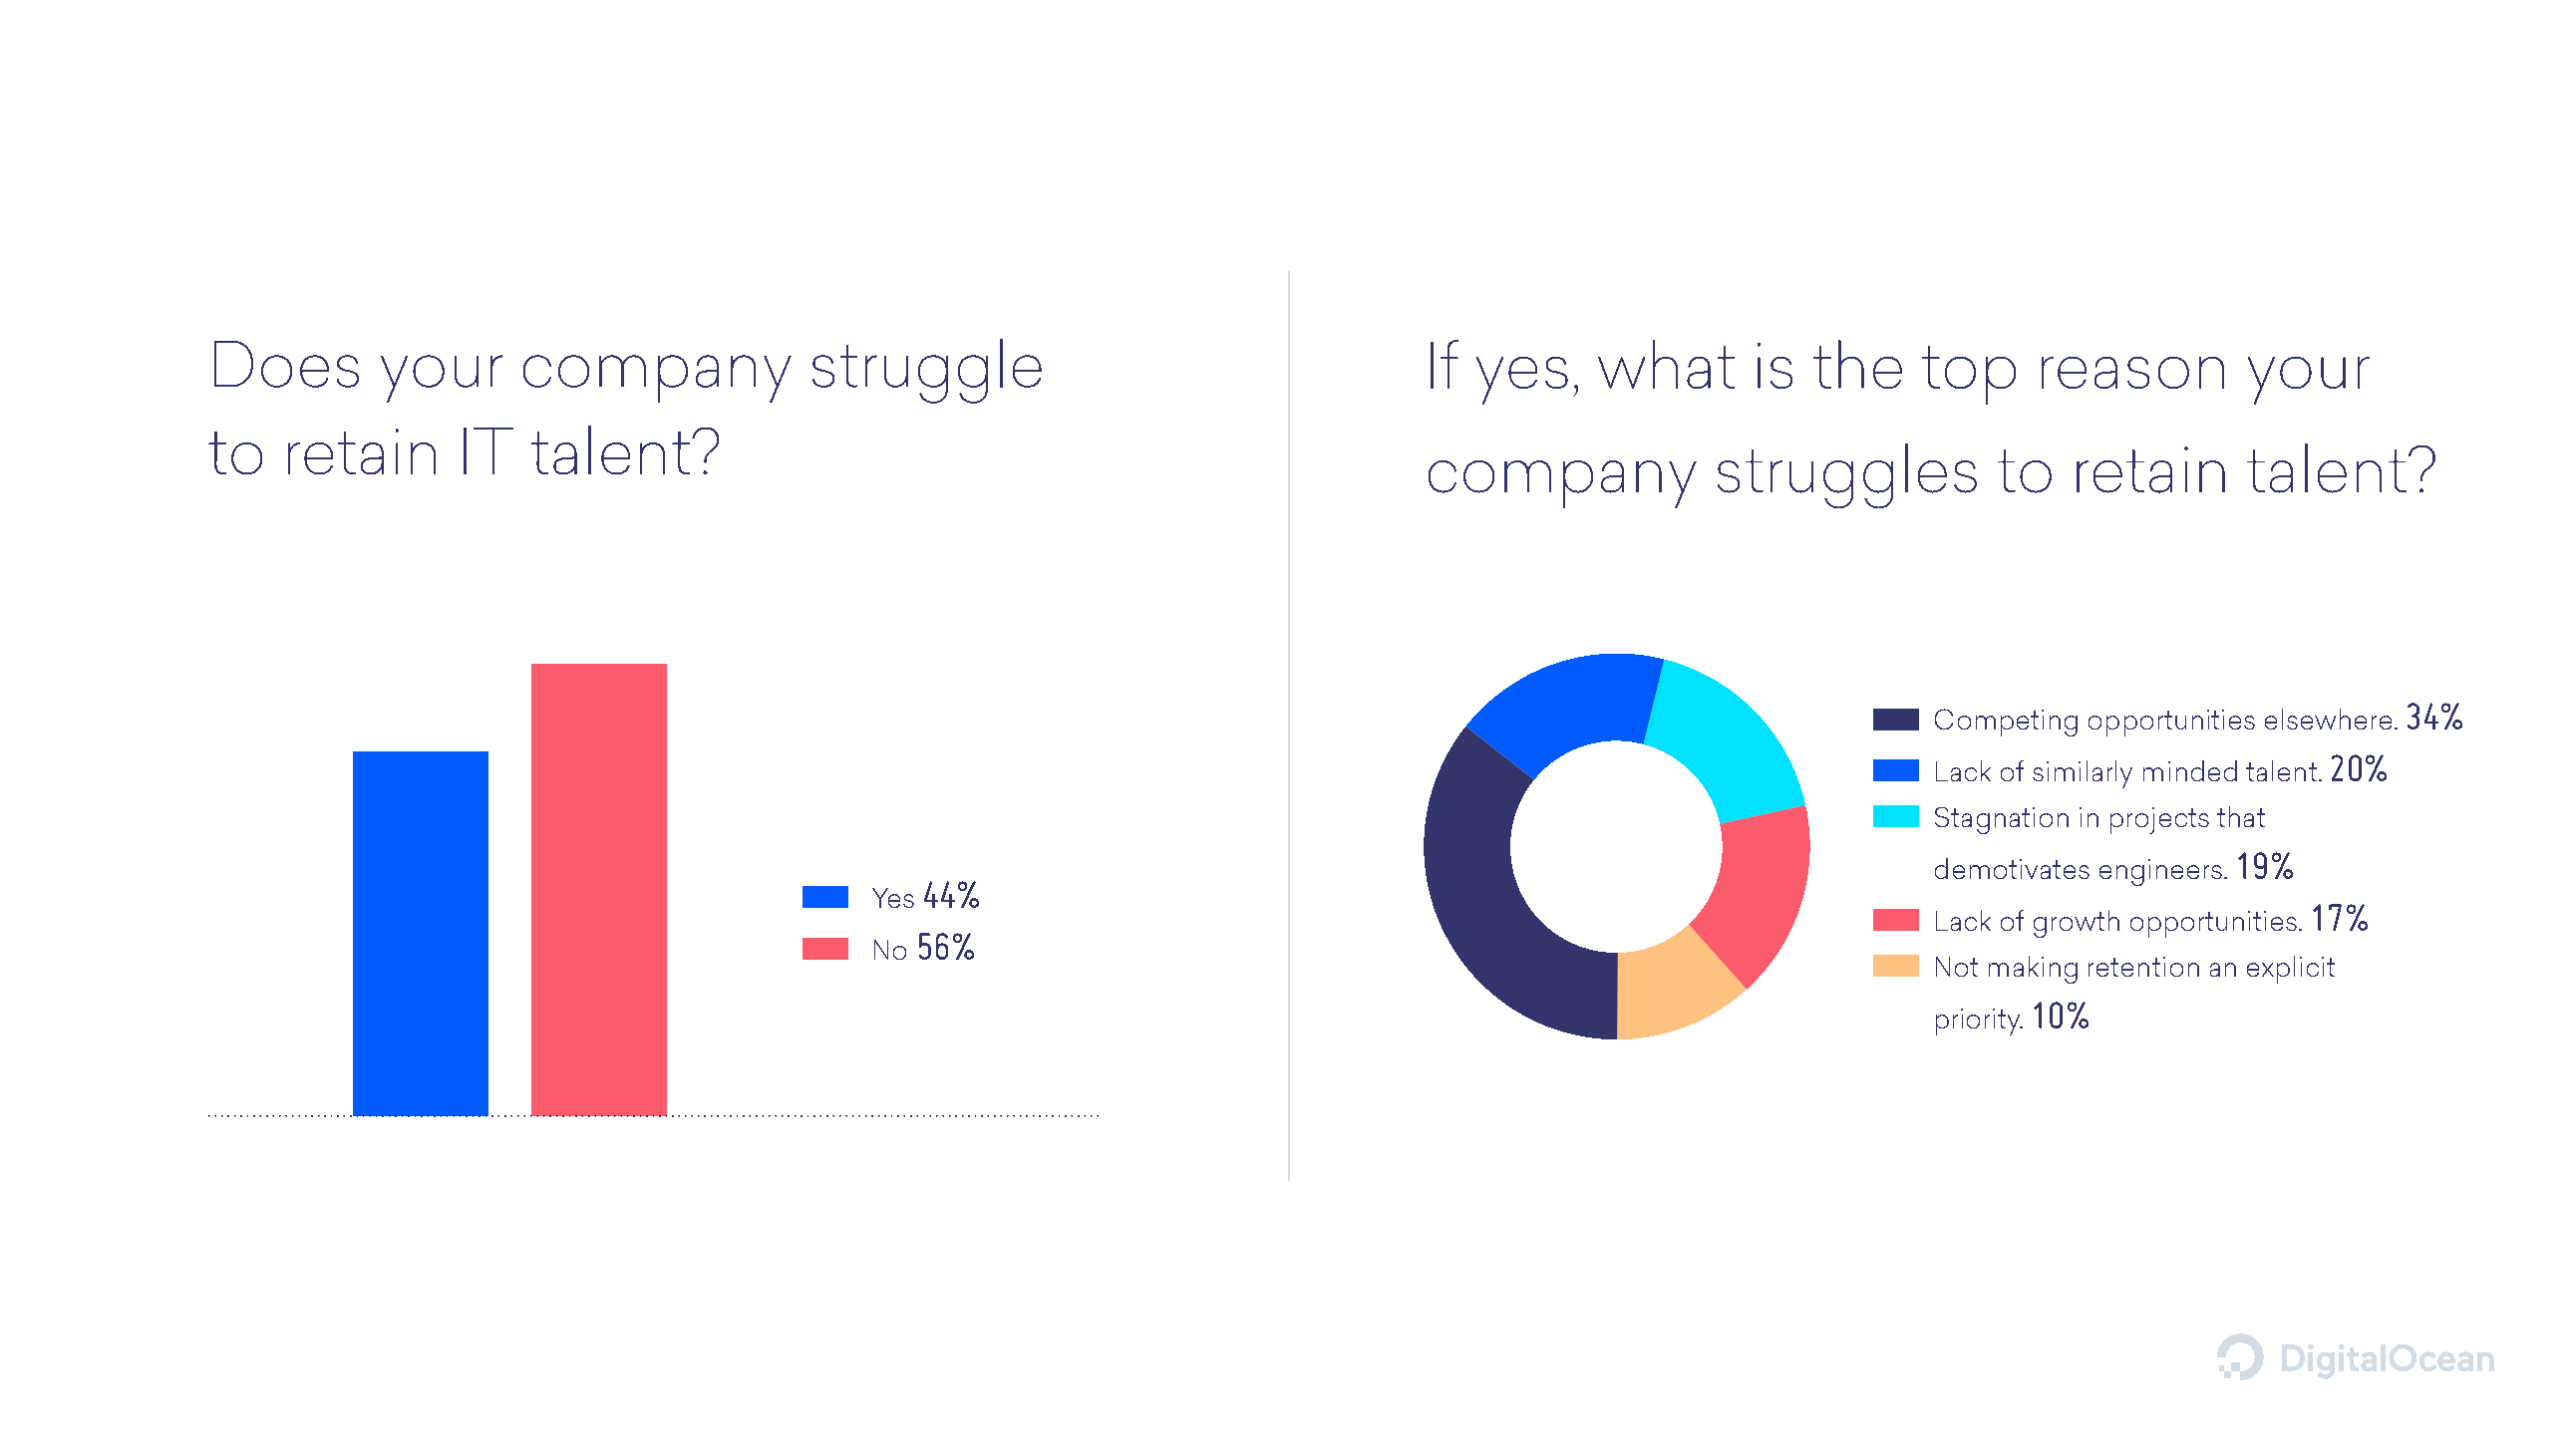
Does       your     company             struggle                                 If yes,    what      is  the     top    reason        your
 to   retain     IT   talent?
 company            struggles          to  retain      talent?
 34%
 Competing  opportunities elsewhere.
 20%
 Lack of similarly minded talent.
 Stagnation in projects that
 19%
 demotivates engineers.
 44%
 Yes
 17%
 Lack of growth opportunities.
 56%
 No
 Not making retention an explicit
 10%
 priority.